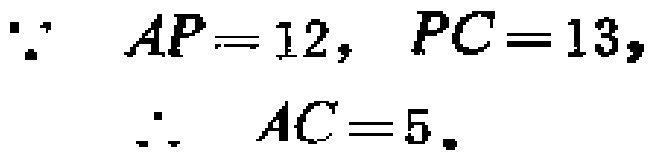
\(\because AP = 12, PC = 13,\)
\(\therefore AC = 5.\)